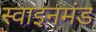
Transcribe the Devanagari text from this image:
स्वाइनमंड